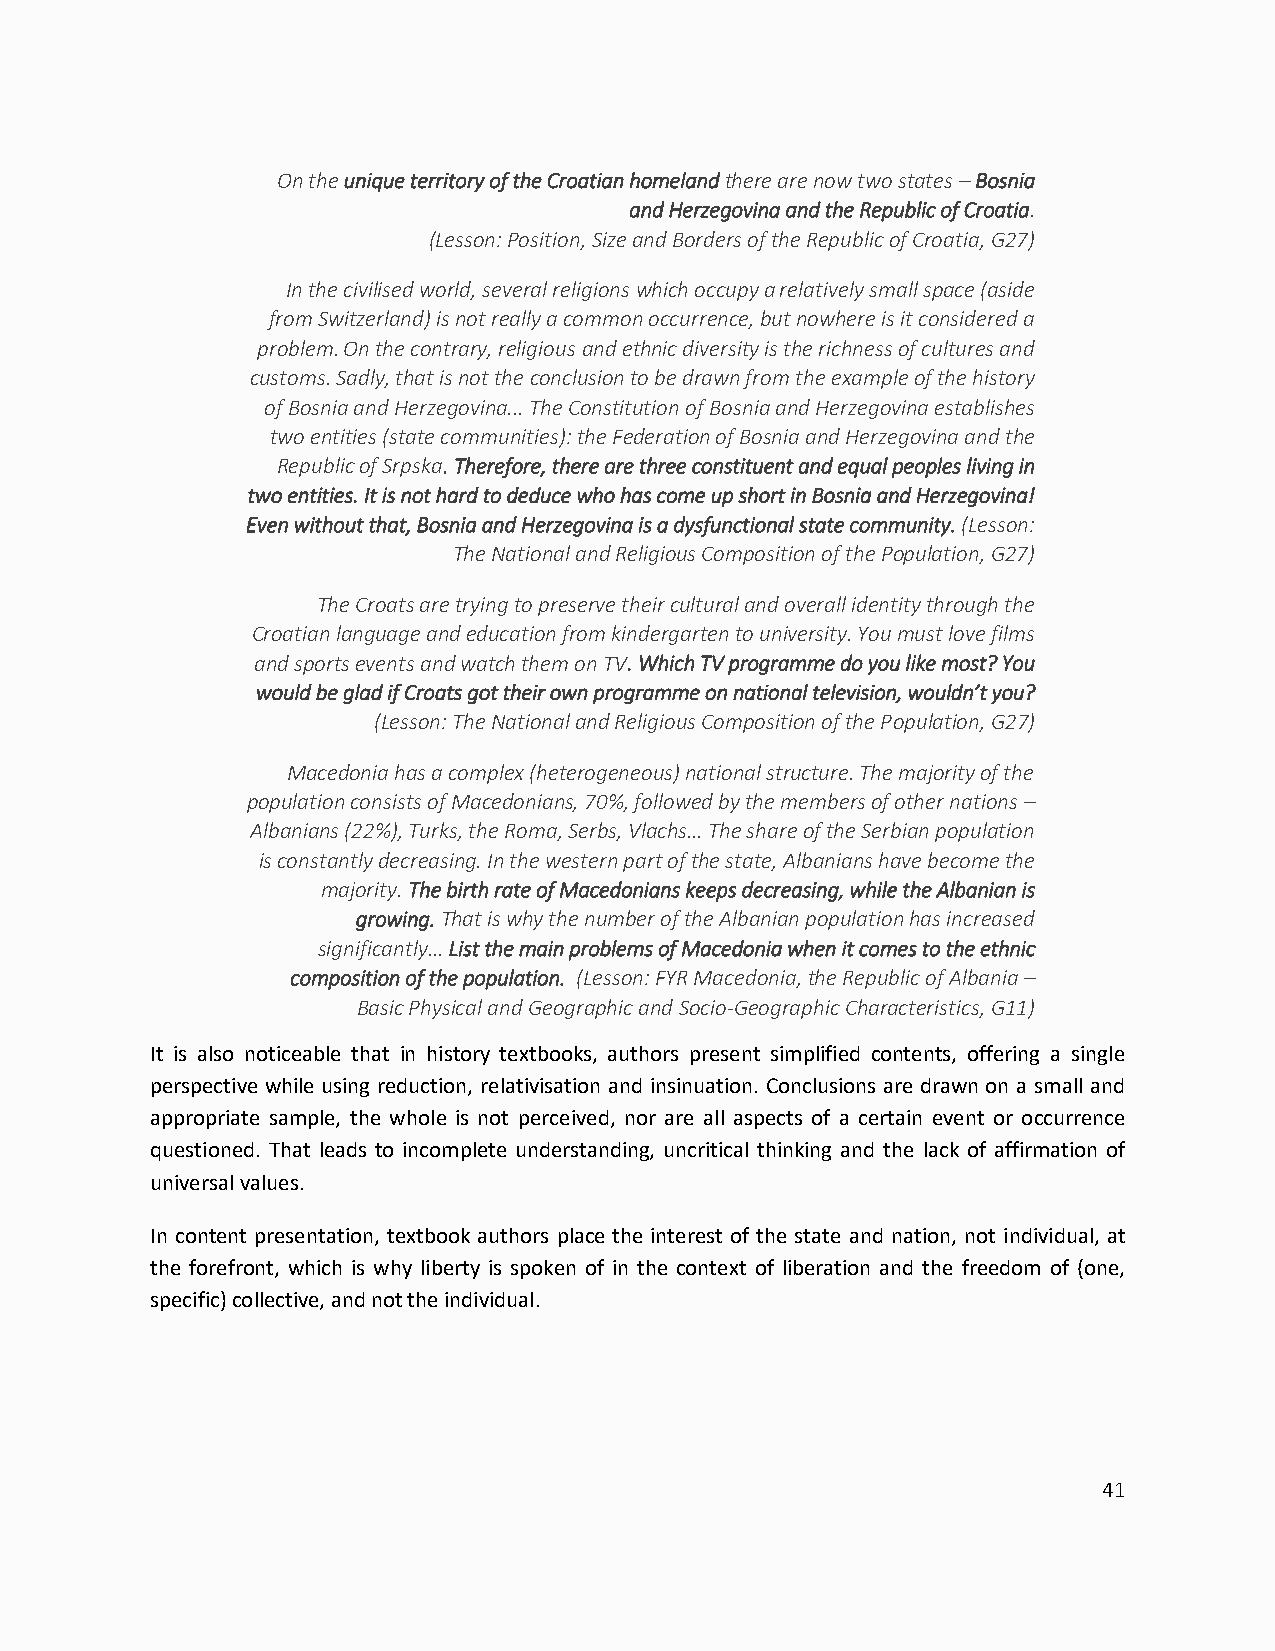
On the unique territory of the Croatian homeland there are now two states – Bosnia
 and Herzegovina and the Republic of Croatia.
 (Lesson: Position, Size and Borders of the Republic of Croatia, G27)
 In the civilised world, several religions which occupy a relatively small space (aside
 from Switzerland) is not really a common occurrence, but nowhere is it considered a
 problem. On the contrary, religious and ethnic diversity is the richness of cultures and
 customs. Sadly, that is not the conclusion to be drawn from the example of the history
 of Bosnia and Herzegovina... The Constitution of Bosnia and Herzegovina establishes
 two entities (state communities): the Federation of Bosnia and Herzegovina and the
 Republic of Srpska. Therefore, there are three constituent and equal peoples living in
 two entities. It is not hard to deduce who has come up short in Bosnia and Herzegovina!
 Even without that, Bosnia and Herzegovina is a dysfunctional state community. (Lesson:
 The National and Religious Composition of the Population, G27)
 The Croats are trying to preserve their cultural and overall identity through the
 Croatian language and education from kindergarten to university. You must love films
 and sports events and watch them on TV. Which TV programme do you like most? You
 would be glad if Croats got their own programme on national television, wouldn’t you?
 (Lesson: The National and Religious Composition of the Population, G27)
 Macedonia has a complex (heterogeneous) national structure. The majority of the
 population consists of Macedonians, 70%, followed by the members of other nations –
 Albanians (22%), Turks, the Roma, Serbs, Vlachs… The share of the Serbian population
 is constantly decreasing. In the western part of the state, Albanians have become the
 majority. The birth rate of Macedonians keeps decreasing, while the Albanian is
 growing. That is why the number of the Albanian population has increased
 significantly… List the main problems of Macedonia when it comes to the ethnic
 composition of the population. (Lesson: FYR Macedonia, the Republic of Albania –
 Basic Physical and Geographic and Socio-Geographic Characteristics, G11)
 It is also noticeable that in history textbooks, authors present simplified contents, offering a single
 perspective while using reduction, relativisation and insinuation. Conclusions are drawn on a small and
 appropriate sample, the whole is not perceived, nor are all aspects of a certain event or occurrence
 questioned. That leads to incomplete understanding, uncritical thinking and the lack of affirmation of
 universal values.
 In content presentation, textbook authors place the interest of the state and nation, not individual, at
 the forefront, which is why liberty is spoken of in the context of liberation and the freedom of (one,
 specific) collective, and not the individual.
 41